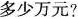
多少万元?